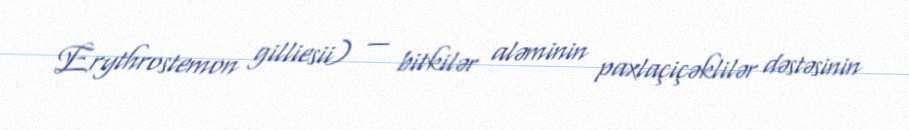
Erythrostemon gilliesii) — bitkilər aləminin paxlaçiçəklilər dəstəsinin